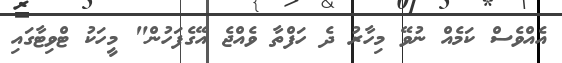
އެއްވެސް ކަމެއް ނުވޭ މިހާރު ދެ ހަފްތާ ވެއްޖެ އޭގެފަހުން" މީހަކު ޓްވިޓާގައި